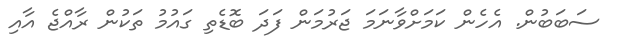
ސަބަބުން. އެހެން ކަމަށްވާނަމަ ޖަރުމަން ފަދަ ބޮޑެތި ގައުމު ތަކުން ރާއްޖެ އާއި